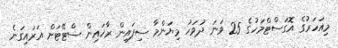
މިއަހަރުގެ އޮގަސްޓްމަހުގެ 25 ވަނަ ދުވަހު މިޔަންމާ ސިފައިން ރާޚައިން ސްޓޭޓަށް އަރައިގަނެ